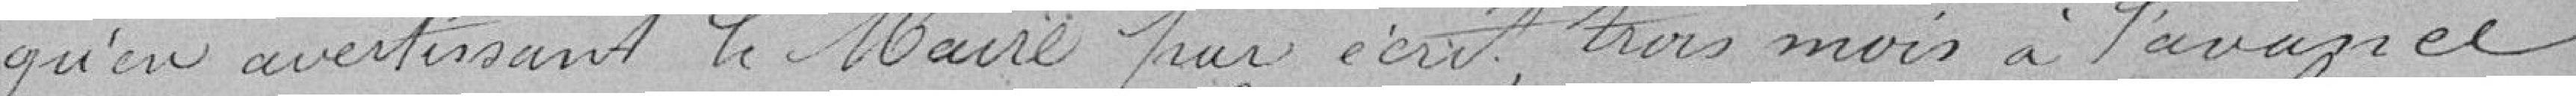
qu'en avertissant le Maire par écrit, trois mois à l'avance